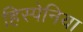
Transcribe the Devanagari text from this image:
हिस्पेनिया